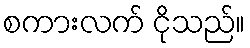
စကားလက် ငိုသည်။